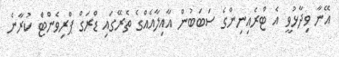
އޭނާ ވިދާޅުވީ އެ ޓްރެއިނިންގެ ސަބަބުން އާއިލާއެއްގެ ތެރޭގައި ޑްރަގް ޕްރިވެންޓް ކުރާނެ